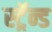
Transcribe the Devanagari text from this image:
स्ट्रॅन्ड